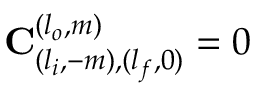
\mathbf { C } _ { ( l _ { i } , - m ) , ( l _ { f } , 0 ) } ^ { ( l _ { o } , m ) } = 0